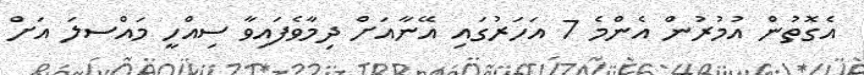
އެގޮތުން އުމުރުން އެންމެ 7 އަހަރުގައި އޭނާއަށް ދިމާވެފައިވާ ސިއްހީ މައްސލަ އަށް